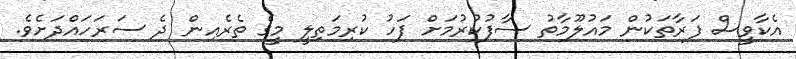
އެކާވީސް ފަރާތަކުން މައުލޫމާތު ސާފުކުރުމަށް ފަހު ކުރިމަތިލީ މީގެ ތެރެއިން ދެ ސަރަހައްދަށެވެ.